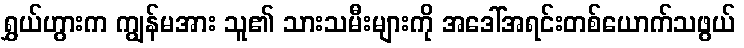
ရွှယ်ဟွားက ကျွန်မအား သူ၏ သားသမီးများကို အဒေါ်အရင်းတစ်ယောက်သဖွယ်